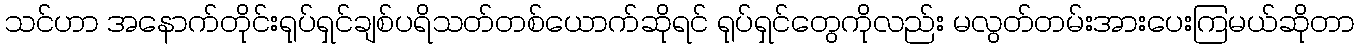
သင်ဟာ အနောက်တိုင်းရုပ်ရှင်ချစ်ပရိသတ်တစ်ယောက်ဆိုရင် ရုပ်ရှင်တွေကိုလည်း မလွတ်တမ်းအားပေးကြမယ်ဆိုတာ